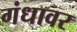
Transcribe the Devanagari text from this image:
गंधावर